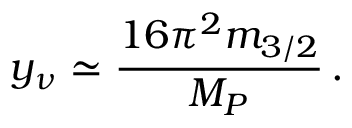
y _ { \nu } \simeq \frac { 1 6 \pi ^ { 2 } m _ { 3 / 2 } } { M _ { P } } \, .